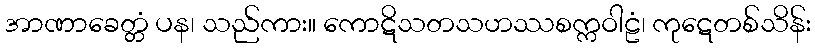
အာဏာခေတ္တံ ပန၊ သည်ကား။ ကောဋိသတသဟဿစက္ကဝါဠံ၊ ကုဋေတစ်သိန်း